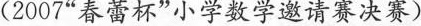
(2007“春蕾杯”小学数学邀请赛决赛)